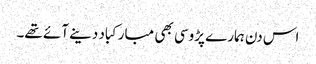
اس دن ہمارے پڑوسی بھی مبارکباد دینے آئے تھے۔